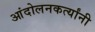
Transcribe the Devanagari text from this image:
आंदोलनकर्त्यांनी